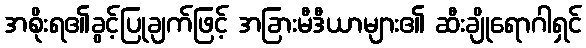
အစိုးရ၏ခွင့်ပြုချက်ဖြင့် အခြားမီဒီယာများ၏ ဆီးချိုရောဂါရှင်